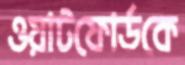
ওয়াটফোর্ডকে